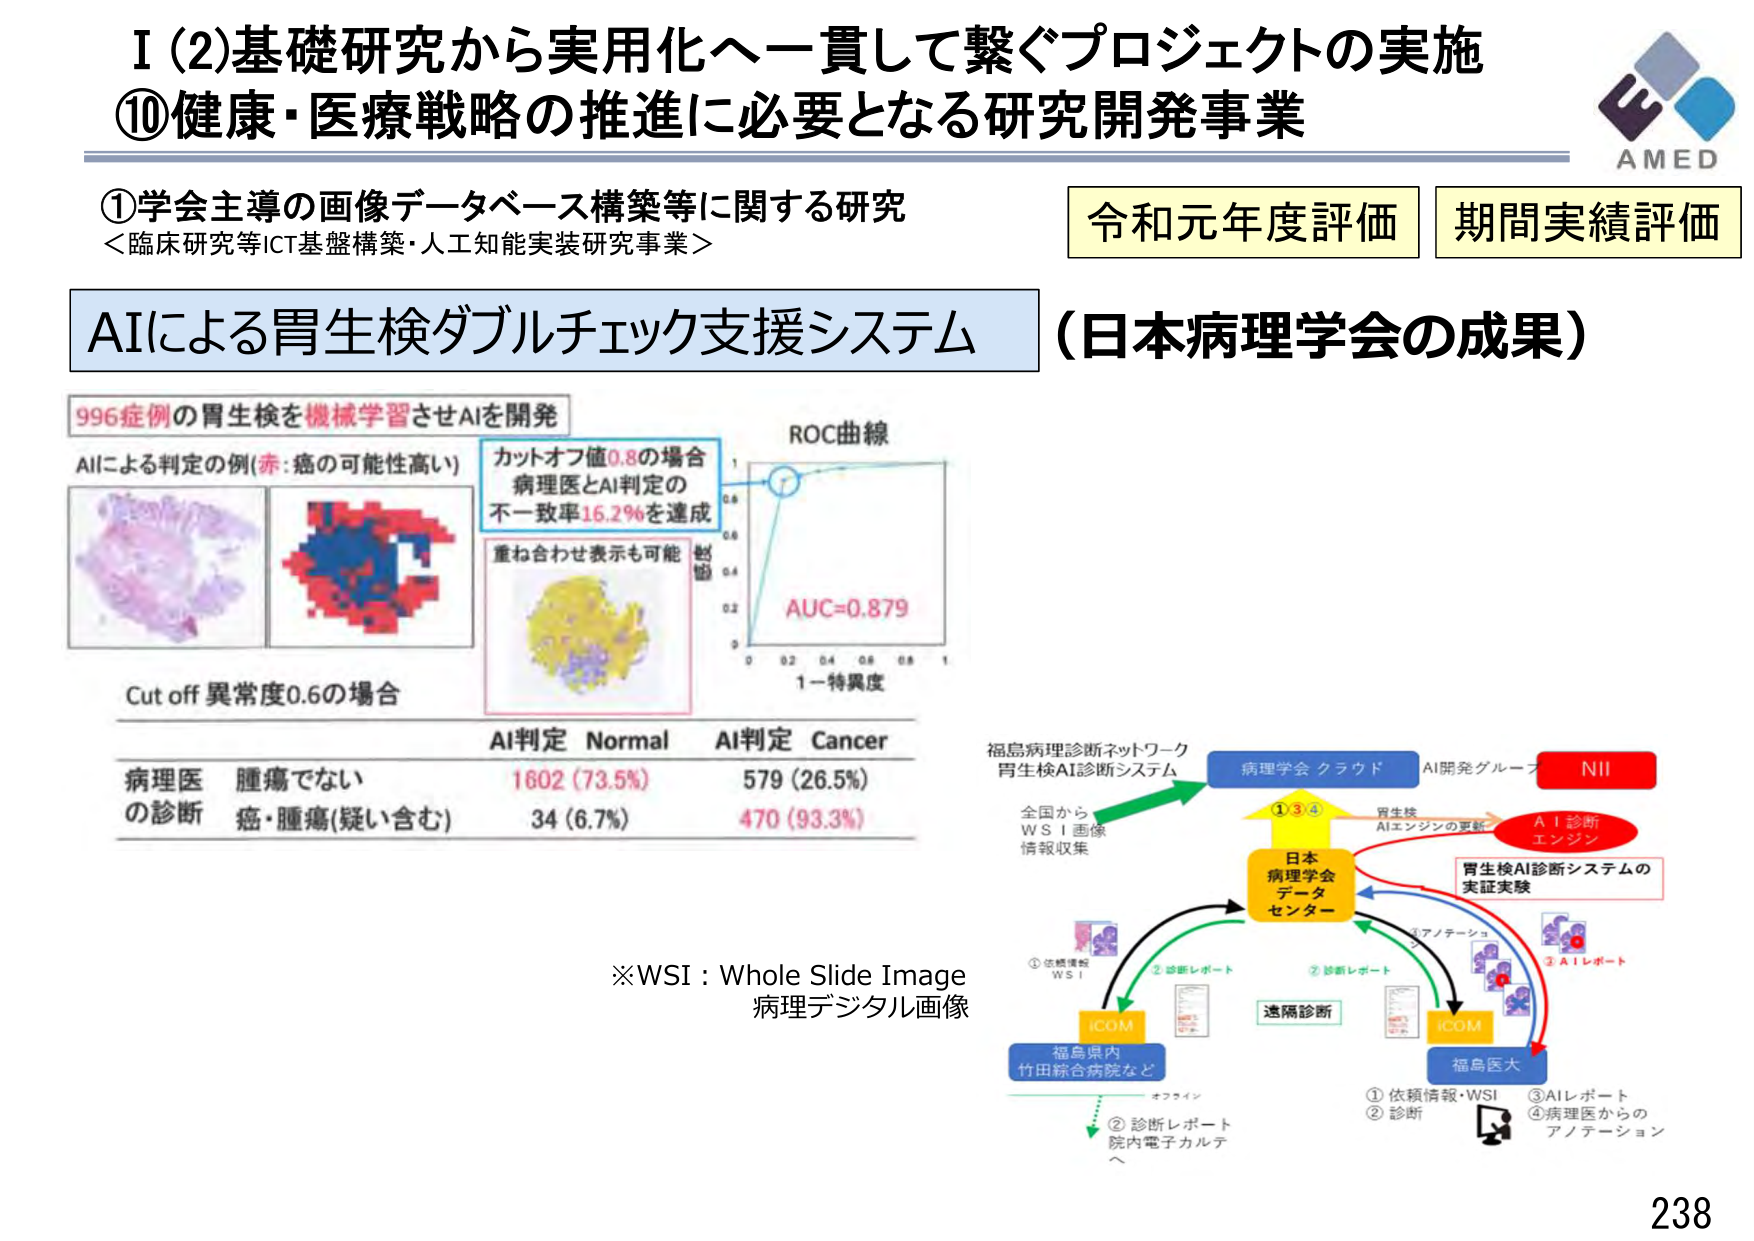
I (2)基礎研究から実用化へ一貫して繋ぐプロジェクトの実施
⑩健康・医療戦略の推進に必要となる研究開発事業

①学会主導の画像データベース構築等に関する研究
＜臨床研究等ICT基盤構築・人工知能実装研究事業＞

AIによる胃生検ダブルチェック支援システム （日本病理学会の成果）

令和元年度評価 期間実績評価

996症例の胃生検を機械学習させAIを開発
AIによる判定の例(赤:癌の可能性高い)
カットオフ値0.8の場合
病理医とAI判定の
不一致率16.2％を達成
重ね合わせ表示も可能

ROC曲線
AUC=0.879
1－特異度

Cut off 異常度0.6の場合
AI判定 Normal AI判定 Cancer
病理医 腫瘍でない 1602 (73.5%) 579 (26.5%)
の診断 癌・腫瘍(疑い含む) 34 (6.7%) 470 (93.3%)

※WSI : Whole Slide Image
病理デジタル画像

福島病理診断ネットワーク
胃生検AI診断システム
全国から
WSI画像
情報収集

病理学会 クラウド
AI開発グループ
NII

①③④ 胃生検
AIエンジンの更新
AI診断
エンジン

日本
病理学会
データ
センター

胃生検AI診断システムの
実証実験

①依頼情報・WSI
②診断レポート
③AIレポート
④病理医からの
アノテーション

iCOM
福島県内
竹田綜合病院など

①依頼情報
WSI
②診断レポート
院内電子カルテ

遠隔診断

iCOM
福島医大

オフライン

AMED
238